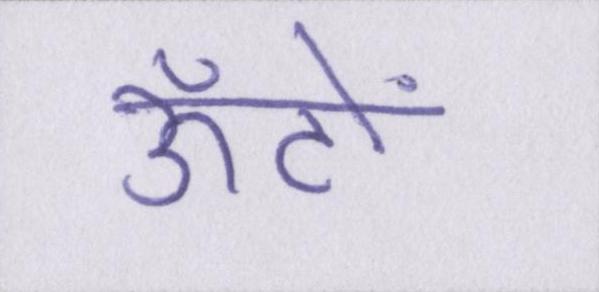
ऊँटों